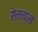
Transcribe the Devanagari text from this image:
सेलवास